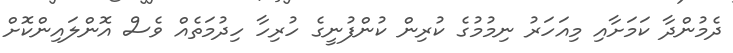
ދެމުންދާ ކަމަށާއި މިއަހަރު ނިމުމުގެ ކުރިން ކުންފުނީގެ ހުރިހާ ހިދުމަތެއް ވެސް އޮންލައިންކޮށް